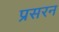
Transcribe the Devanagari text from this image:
प्रसरन